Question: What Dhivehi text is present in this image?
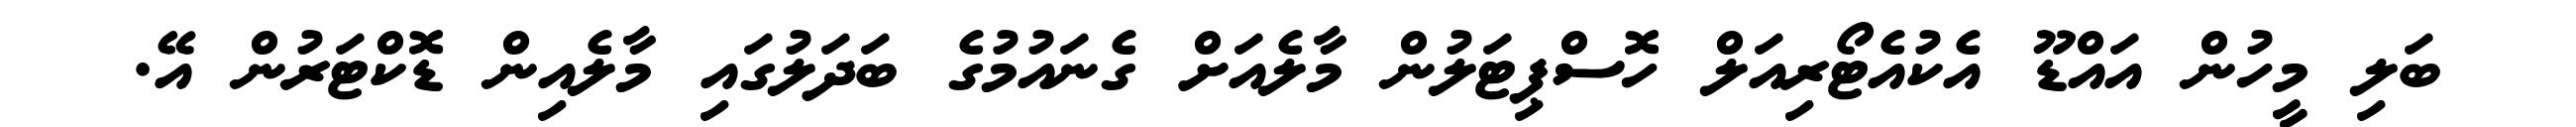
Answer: ބަލި މީހުން އައްޑޫ އެކުއެޓޯރިއަލް ހޮސްޕިޓަލުން މާލެއަށް ގެނައުމުގެ ބަދަލުގައި މާލެއިން ޑޮކްޓަރުން އޭ.